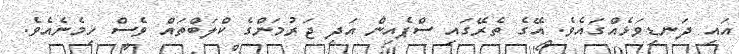
އައި ދަނޑިވަޅެއްގައެވެ. އޭގެ ތެރޭގައި ސްޕެއިން އަދި ޖަރުމަންގެ ކްލަބްތައް ވެސް ހިމެނެއެވެ.